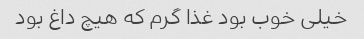
خیلی خوب بود غذا گرم که هیچ داغ بود